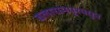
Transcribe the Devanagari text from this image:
बलारामपूरमधून